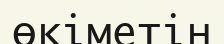
өкіметін